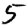
Digit: 5